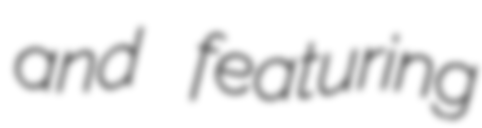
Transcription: and featuring